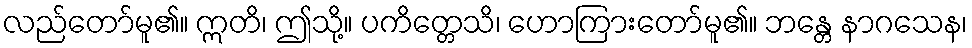
လည်တော်မူ၏။ ဣတိ၊ ဤသို့။ ပကိတ္တေသိ၊ ဟောကြားတော်မူ၏။ ဘန္တေ နာဂသေန၊